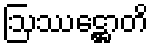
ဩဿဋ္ဌောတိ